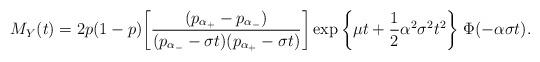
LaTeX: \begin{align*}M_{Y}(t) = 2p(1-p) \bigg[ \frac{(p_{\alpha_{+}} -p_{\alpha_{-}})}{(p_{\alpha_{-}} - \sigma t)(p_{\alpha_{+}}-\sigma t)} \bigg]\exp\bigg\{ \mu t +\frac{1}{2} \alpha^{2}\sigma^{2} t^{2}\bigg\} \; \Phi(-\alpha \sigma t) .\end{align*}